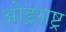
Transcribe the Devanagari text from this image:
ओड्रराष्ट्र